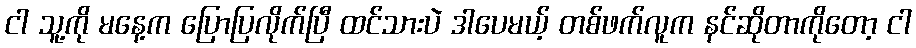
ငါ သူ့ကို မနေ့က ပြောပြလိုက်ပြီ ထင်သားပဲ ဒါပေမယ့် တစ်ဖက်လူက နင်ဆိုတာကိုတော့ ငါ